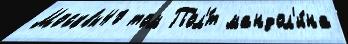
Москвы40 том Пол'́т мандол'и́на